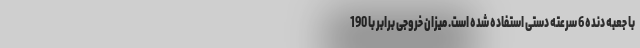
با جعبه دنده 6 سرعته دستی استفاده شده است. میزان خروجی برابر با 190